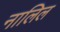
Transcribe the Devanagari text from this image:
नालिल